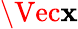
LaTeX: \Vec{\mathbf{x}}